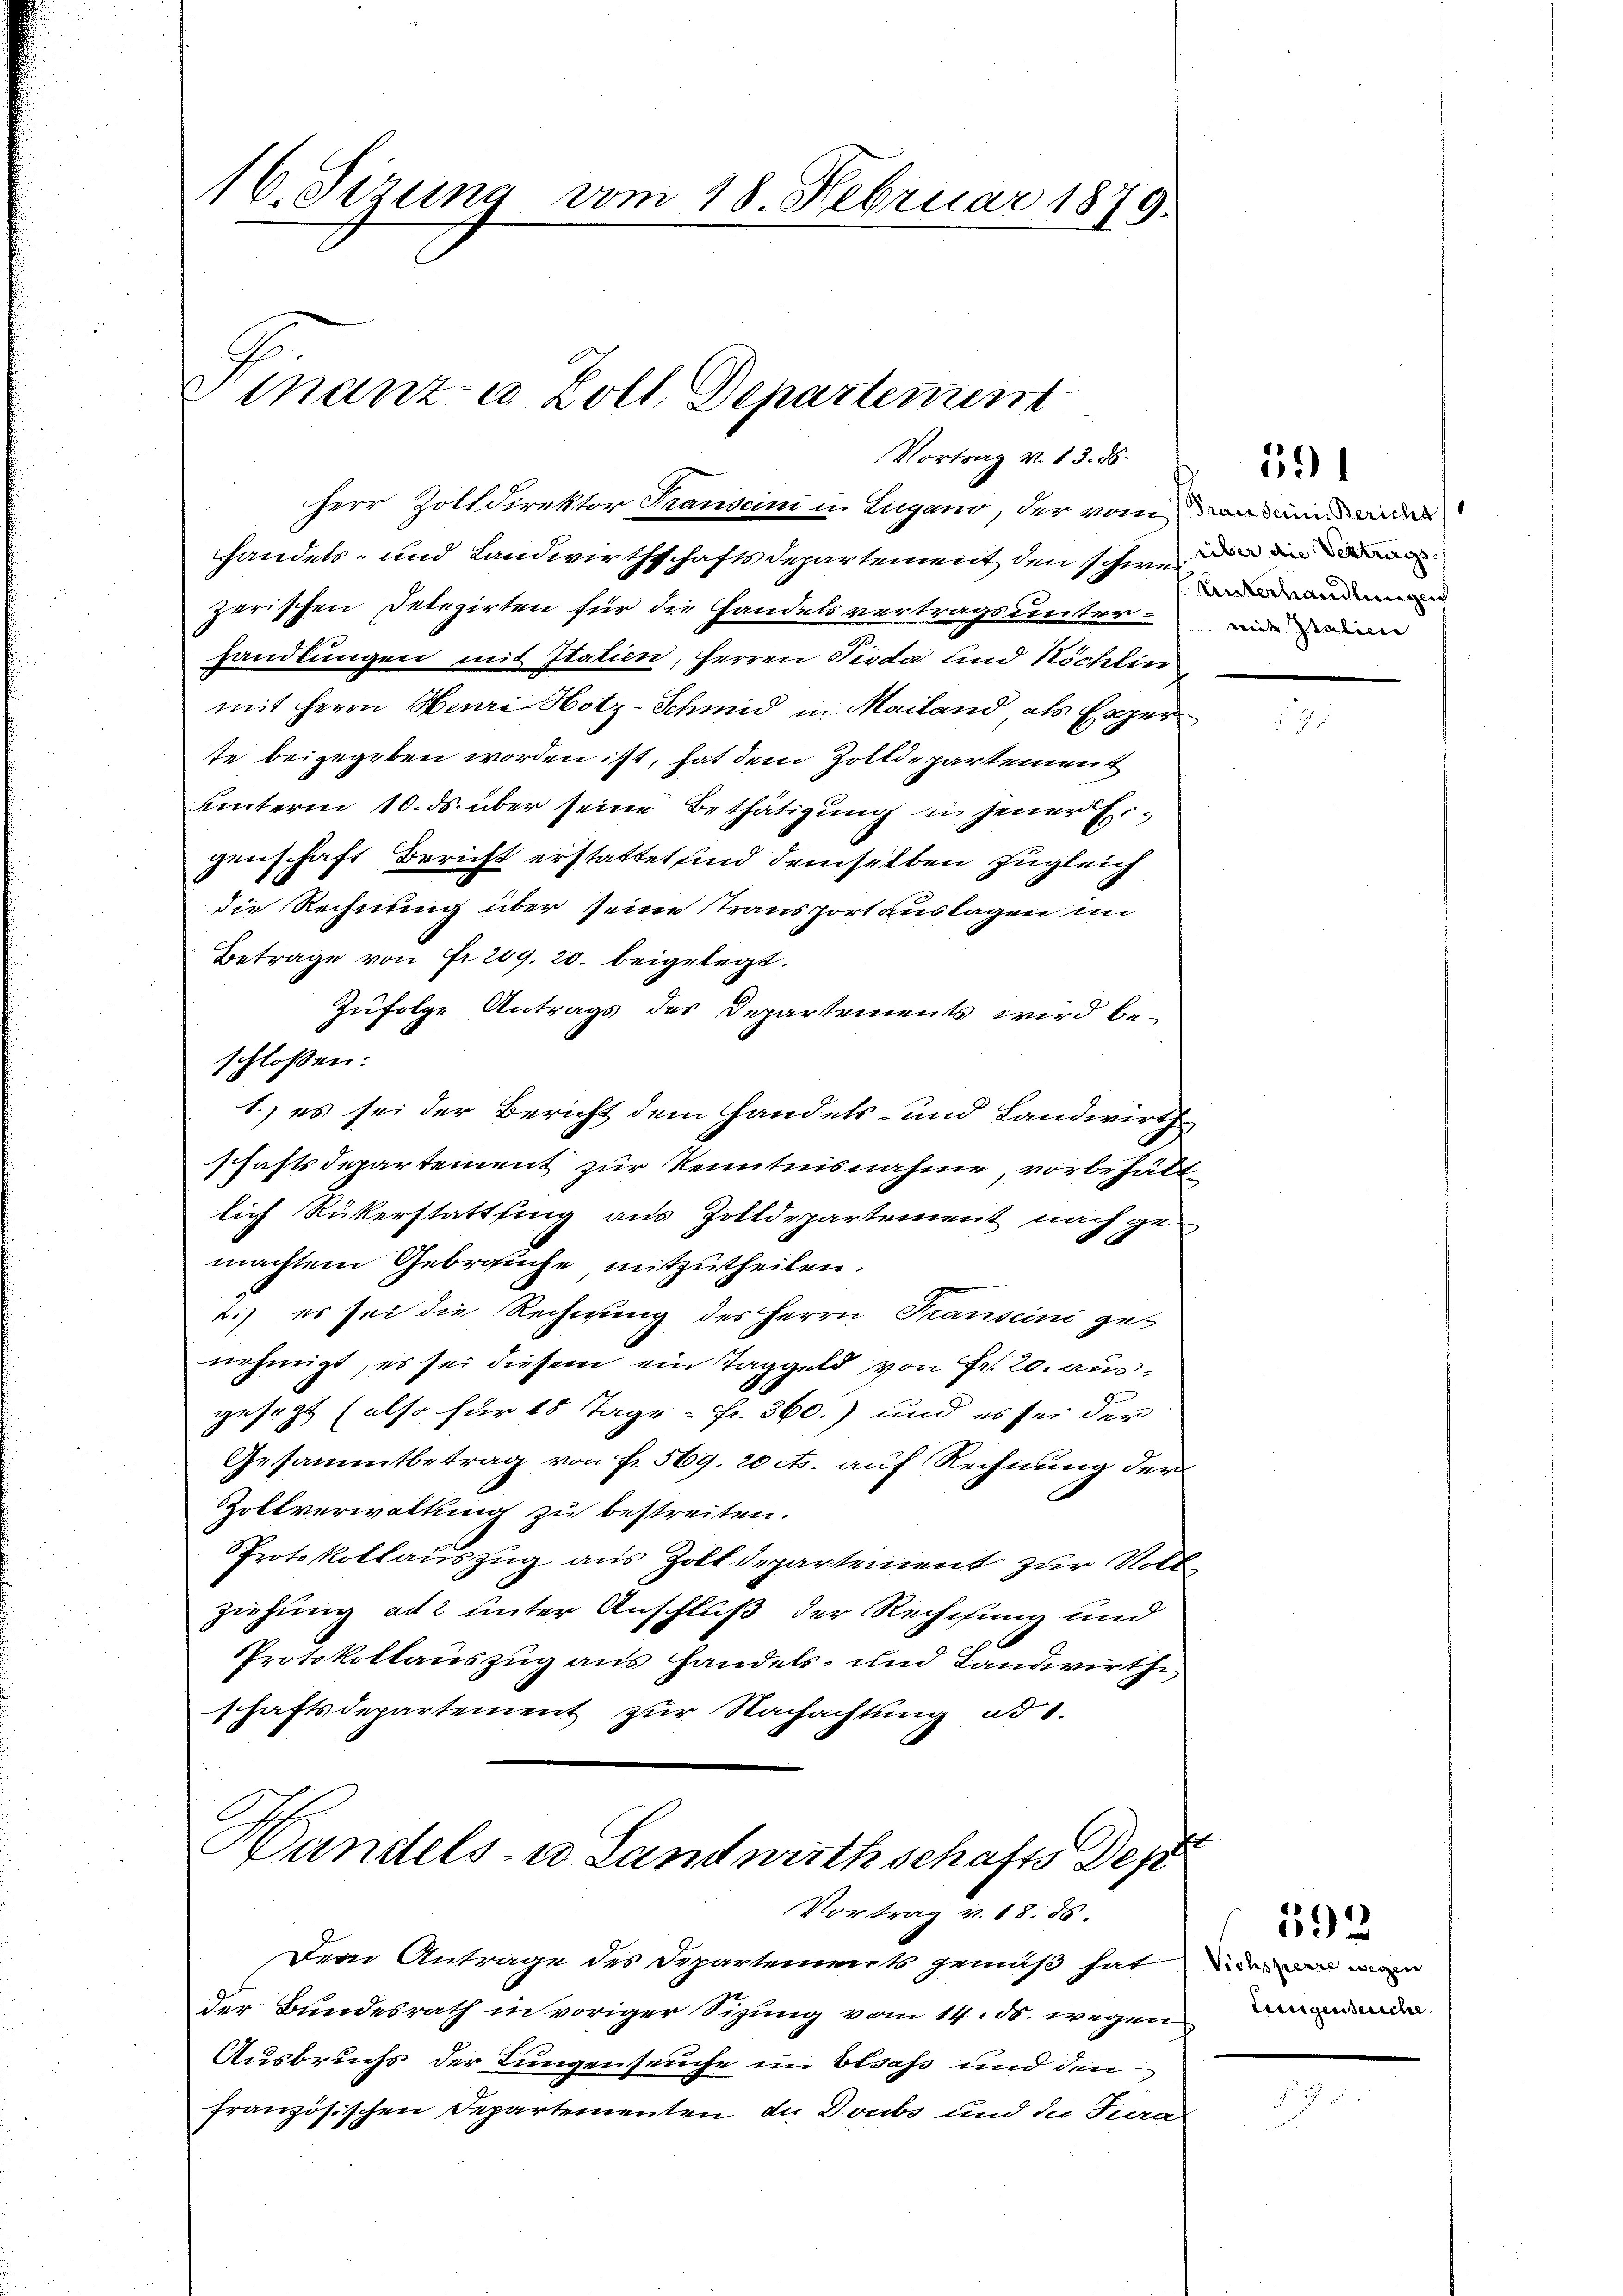
16. Sizung vom 18. Februar 1879.

Finanz u. Zoll Departement
Vortrag v. 13. ds.

Herr Zolldirektor Transcini u. Lugano, der vom Dankendender
handels- und Landwirthschafts Departement den schwer in die an
zerischen Delegirten für die Handelsvertrags unterhandlungen mit Italien, Herren Pioda und Köchlin
mit Herrn Henri Hotz-Schmid in Mailand als Exper
te beigegeben worden ist, hat dem Zolldepartement
uinterm 10. ds. über seine Bethätigung in jener Ergenschaft Bericht erstattet und demselben zugleich
die Rechnung über seine Transportauslagen im
Betrage von Fr. 209. 20. beigelegt.
Zufolge Antrags des Departements wird be-
schlossen:
1.) es sei der Bericht dem Handels- und Landwirthschaftsdepartement zur Kenntnisnahme, vorbehält
lich Rükerstattfing aus Zolldepartement nach gemachten Gebrauche mitzutheilen.
1.) es sei die Rechnung des Herrn Transcini ges
nehmigt, es sei diesem ein Taggeld von Fr. 20. ausgesezt (also für 15 Tage - Fr. 360.) und es sei der
Gesammtbetrag von fr. 569. 20 cts. auf Rechnung der
Zollverwaltung zu bestreiten.
Protokollauszug aus Zolldepartement zur Volk
ziehung ad 2 unter Anschluß der Rechnung und
Protokollauszug aus handels- und Landwirthe
schaftsdepartement zur Nachachtung ad 1.
Handels- u Landwirthschafts Dep
Vortrag v. 18. ds.
Dem Antrage des Departements gemäß hat man
Der Bundesrath in voriger Sitzung vom 14. ds. wegen
Ausbruchs der Lungenseuche im Elsass und den
französischen Departementen de Doubs und die Tura

591

Unterhandlunglich
weit Italicie

teingensensche

592